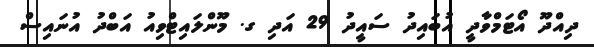
ދިއްދޫ އޯޓަމްވާދީ އުބައިދު ސައީދު 29 އަދި ގ. މޫންލައިޓްވިއު އަބްދު އުނައިސް